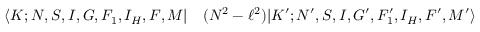
\begin{array} { r l } { \langle K ; N , S , I , G , F _ { 1 } , I _ { H } , F , M | } & { { } ( N ^ { 2 } - \ell ^ { 2 } ) | K ^ { \prime } ; N ^ { \prime } , S , I , G ^ { \prime } , F _ { 1 } ^ { \prime } , I _ { H } , F ^ { \prime } , M ^ { \prime } \rangle } \end{array}